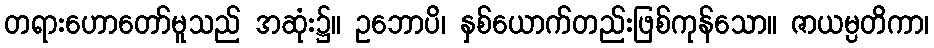
တရားဟောတော်မူသည် အဆုံး၌။ ဥဘောပိ၊ နှစ်ယောက်တည်းဖြစ်ကုန်သော။ ဇာယမ္ပတိကာ၊